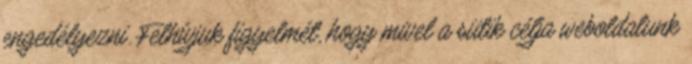
engedélyezni. Felhívjuk figyelmét, hogy mivel a sütik célja weboldalunk